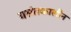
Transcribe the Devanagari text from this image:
बसंतकालीन